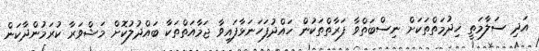
އަދި ސަލާމަތީ ޚިދުމަތްތަކަށް ނިސްބަތްވާ ފަރާތްތަކުން ހައްދުފަހަނަޅާފައިވާ ޖަމާއަތްތަކާ ބައްދުލުކޮށް މަޝްވަރާ ކުރަމުންދާކަން